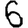
Digit: 6